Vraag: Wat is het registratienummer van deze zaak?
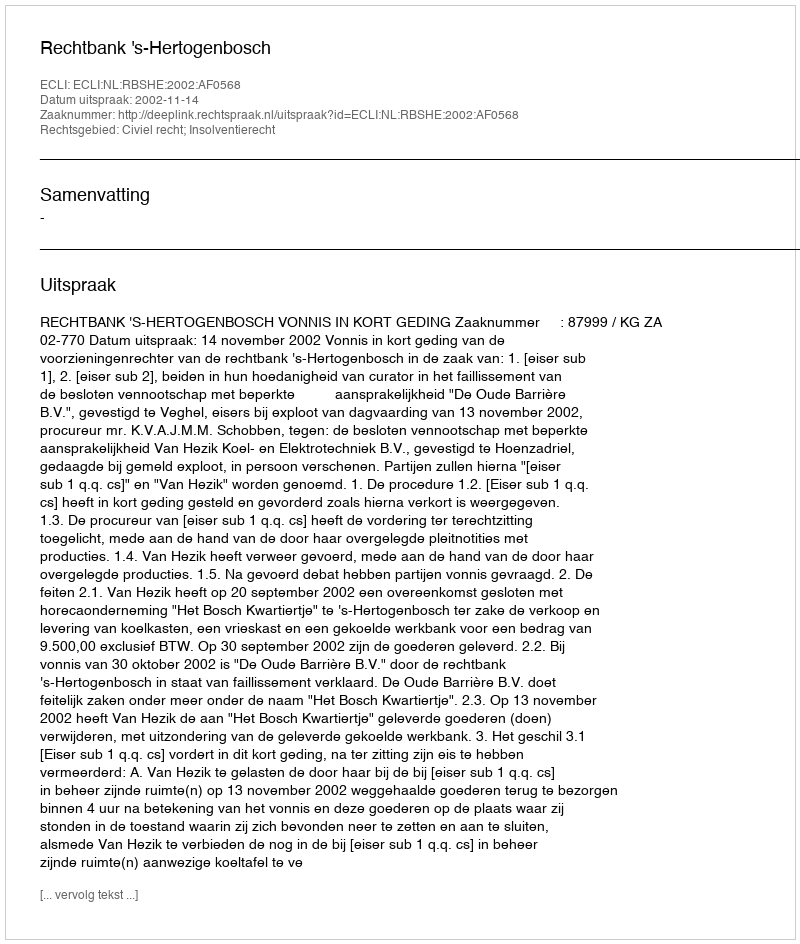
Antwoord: http://deeplink.rechtspraak.nl/uitspraak?id=ECLI:NL:RBSHE:2002:AF0568